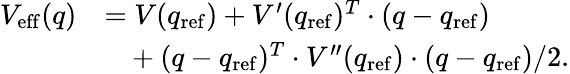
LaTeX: \begin{array}{rl}{V_{\mathrm{eff}}(q)}&{=V(q_{\mathrm{ref}})+V^{\prime}(q_{\mathrm{ref}})^{T}\cdot(q-q_{\mathrm{ref}})}\\ &{~~~+(q-q_{\mathrm{ref}})^{T}\cdot V^{\prime\prime}(q_{\mathrm{ref}})\cdot(q-q_{\mathrm{ref}})/2.}\end{array}